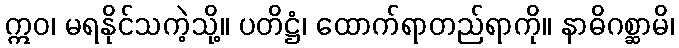
ဣဝ၊ မရနိုင်သကဲ့သို့။ ပတိဋ္ဌံ၊ ထောက်ရာတည်ရာကို။ နာဓိဂစ္ဆာမိ၊